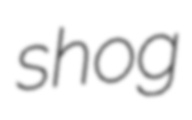
shog